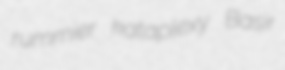
rummier kataplexy Basir